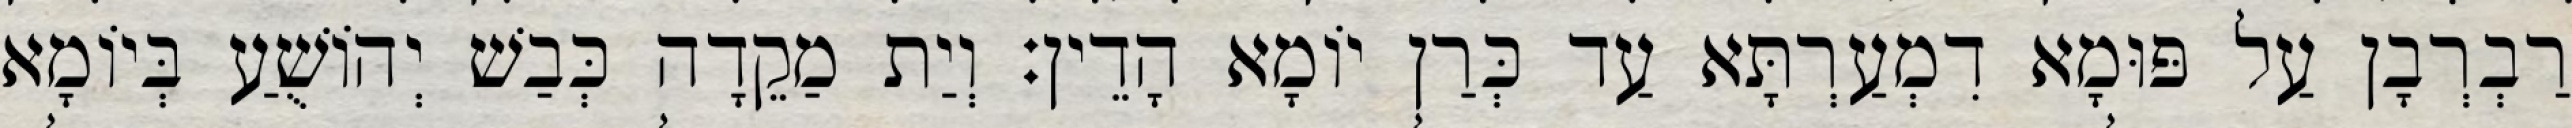
רַבְרְבָן עַל פּוּמָא דִמְעַרְתָּא עַד כְּרַן יוֹמָא הָדֵין׃ וְיַת מַקֵדָה כְּבַשׁ יְהוֹשֻׁעַ בְּיוֹמָא